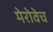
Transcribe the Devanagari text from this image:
मेरोवेच